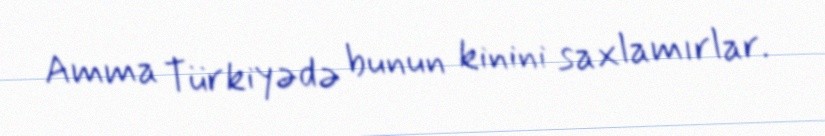
Amma Türkiyədə bunun kinini saxlamırlar.